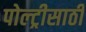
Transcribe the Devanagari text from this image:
पोल्ट्रीसाठी